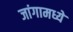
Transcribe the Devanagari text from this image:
जांगामध्ये